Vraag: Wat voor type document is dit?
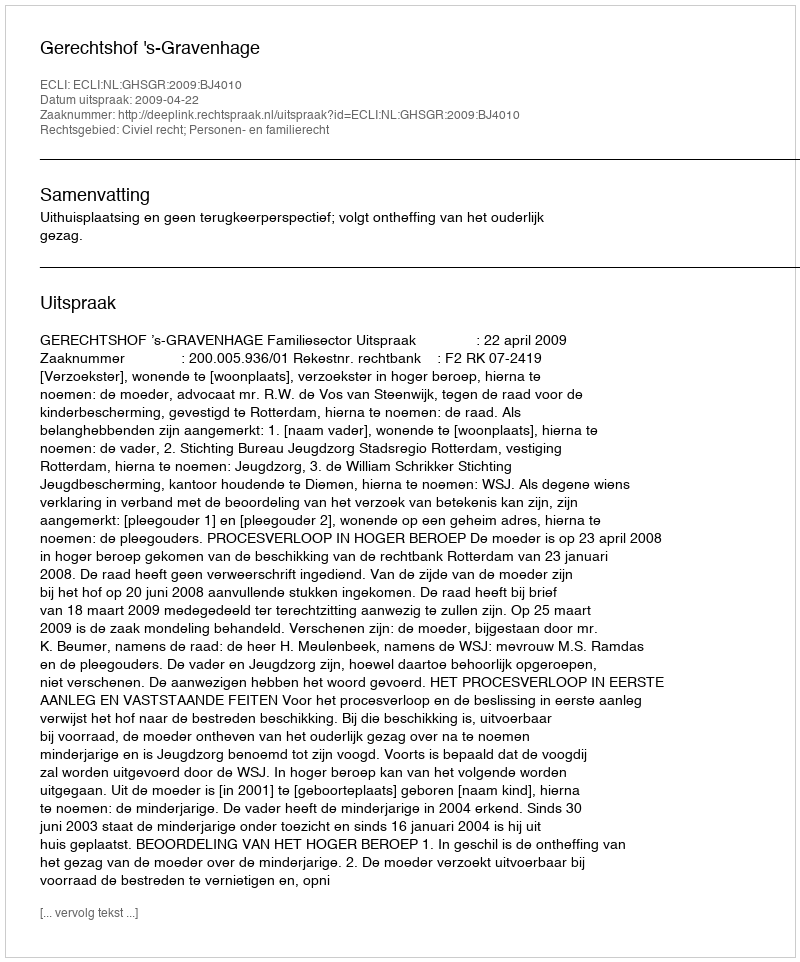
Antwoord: Uitspraak